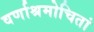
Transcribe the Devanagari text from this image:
वर्णाश्रमोचितां